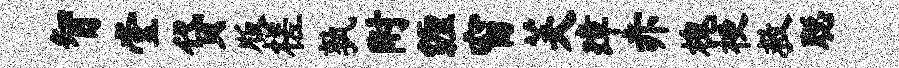
智堂贷版槎孰附缠窗芙璋赤槐梗救聪